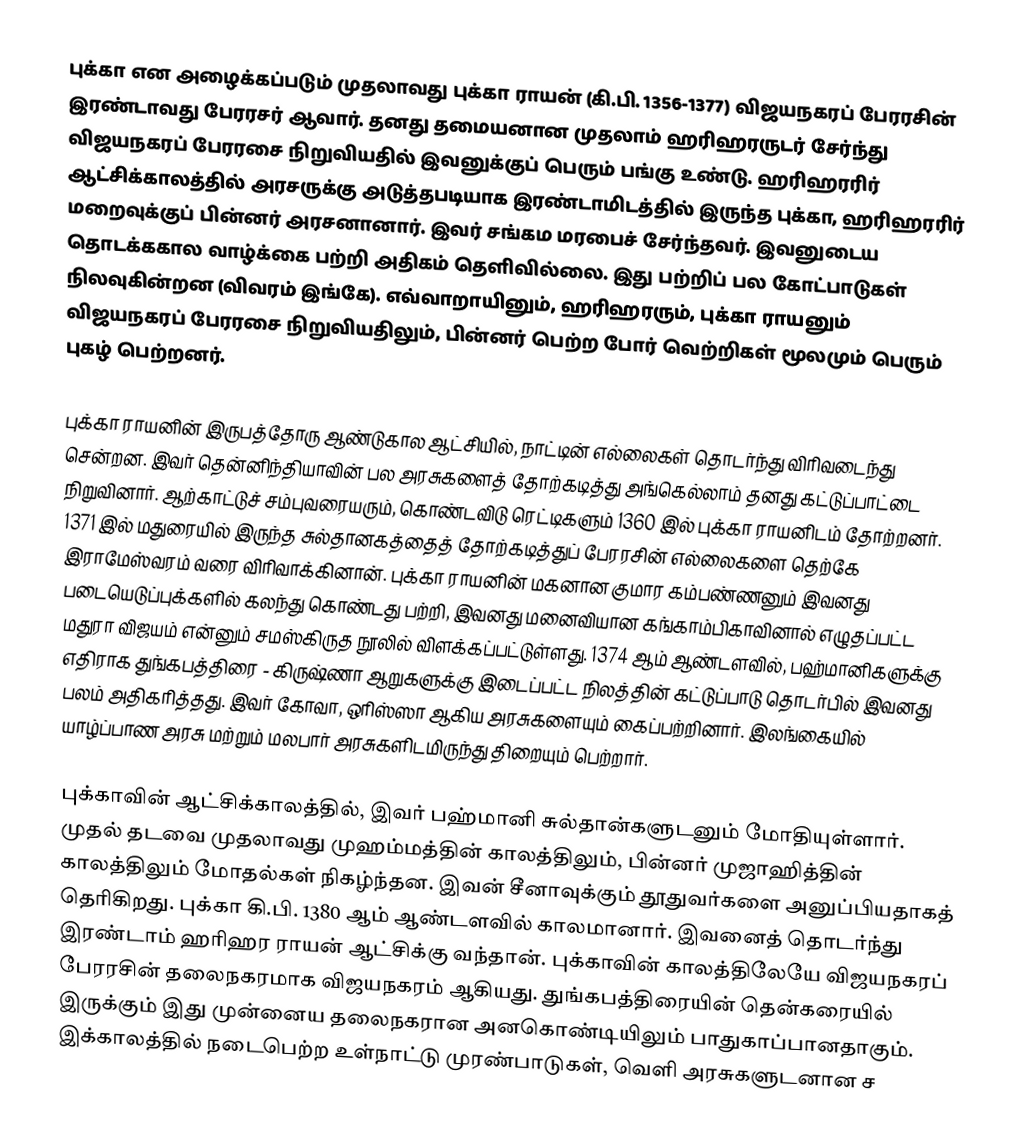
புக்கா என அழைக்கப்படும் முதலாவது புக்கா ராயன் (கி.பி. 1356-1377) விஜயநகரப் பேரரசின் இரண்டாவது பேரரசர் ஆவார். தனது தமையனான முதலாம் ஹரிஹரருடர் சேர்ந்து விஜயநகரப் பேரரசை நிறுவியதில் இவனுக்குப் பெரும் பங்கு உண்டு. ஹரிஹரரிர் ஆட்சிக்காலத்தில் அரசருக்கு அடுத்தபடியாக இரண்டாமிடத்தில் இருந்த புக்கா, ஹரிஹரரிர் மறைவுக்குப் பின்னர் அரசனானார். இவர் சங்கம மரபைச் சேர்ந்தவர். இவனுடைய தொடக்ககால வாழ்க்கை பற்றி அதிகம் தெளிவில்லை. இது பற்றிப் பல கோட்பாடுகள் நிலவுகின்றன (விவரம் இங்கே). எவ்வாறாயினும், ஹரிஹரரும், புக்கா ராயனும் விஜயநகரப் பேரரசை நிறுவியதிலும், பின்னர் பெற்ற போர் வெற்றிகள் மூலமும் பெரும் புகழ் பெற்றனர்.

புக்கா ராயனின் இருபத்தோரு ஆண்டுகால ஆட்சியில், நாட்டின் எல்லைகள் தொடர்ந்து விரிவடைந்து சென்றன. இவர் தென்னிந்தியாவின் பல அரசுகளைத் தோற்கடித்து அங்கெல்லாம் தனது கட்டுப்பாட்டை நிறுவினார். ஆற்காட்டுச் சம்புவரையரும், கொண்டவிடு ரெட்டிகளும் 1360 இல் புக்கா ராயனிடம் தோற்றனர். 1371 இல் மதுரையில் இருந்த சுல்தானகத்தைத் தோற்கடித்துப் பேரரசின் எல்லைகளை தெற்கே இராமேஸ்வரம் வரை விரிவாக்கினான். புக்கா ராயனின் மகனான குமார கம்பண்ணனும் இவனது படையெடுப்புக்களில் கலந்து கொண்டது பற்றி, இவனது மனைவியான கங்காம்பிகாவினால் எழுதப்பட்ட மதுரா விஜயம் என்னும் சமஸ்கிருத நூலில் விளக்கப்பட்டுள்ளது. 1374 ஆம் ஆண்டளவில், பஹ்மானிகளுக்கு எதிராக துங்கபத்திரை - கிருஷ்ணா ஆறுகளுக்கு இடைப்பட்ட நிலத்தின் கட்டுப்பாடு தொடர்பில் இவனது பலம் அதிகரித்தது. இவர் கோவா, ஒரிஸ்ஸா ஆகிய அரசுகளையும் கைப்பற்றினார். இலங்கையில் யாழ்ப்பாண அரசு மற்றும் மலபார் அரசுகளிடமிருந்து திறையும் பெற்றார்.

புக்காவின் ஆட்சிக்காலத்தில், இவர் பஹ்மானி சுல்தான்களுடனும் மோதியுள்ளார். முதல் தடவை முதலாவது முஹம்மத்தின் காலத்திலும், பின்னர் முஜாஹித்தின் காலத்திலும் மோதல்கள் நிகழ்ந்தன. இவன் சீனாவுக்கும் தூதுவர்களை அனுப்பியதாகத் தெரிகிறது. புக்கா கி.பி. 1380 ஆம் ஆண்டளவில் காலமானார். இவனைத் தொடர்ந்து இரண்டாம் ஹரிஹர ராயன் ஆட்சிக்கு வந்தான். புக்காவின் காலத்திலேயே விஜயநகரப் பேரரசின் தலைநகரமாக விஜயநகரம் ஆகியது. துங்கபத்திரையின் தென்கரையில் இருக்கும் இது முன்னைய தலைநகரான அனகொண்டியிலும் பாதுகாப்பானதாகும். இக்காலத்தில் நடைபெற்ற உள்நாட்டு முரண்பாடுகள், வெளி அரசுகளுடனான ச